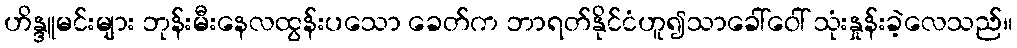
ဟိန္ဒူမင်းများ ဘုန်းမီးနေလထွန်းပသော ခေတ်က ဘာရတ်နိုင်ငံဟူ၍သာခေါ်ဝေါ် သုံးနှုန်းခဲ့လေသည်။